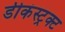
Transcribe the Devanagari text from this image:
डीकंस्ट्रक्ट